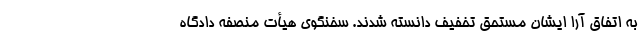
به اتفاق آرا ایشان مستحق تخفیف دانسته شدند. سخنگوی هیأت منصفه دادگاه